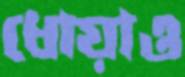
ধোয়াও